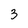
Character: 3